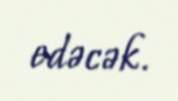
edəcək.